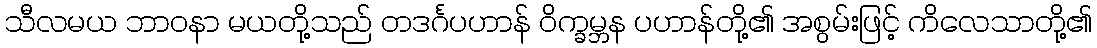
သီလမယ ဘာဝနာ မယတို့သည် တဒင်္ဂပဟာန် ဝိက္ခမ္ဘန ပဟာန်တို့၏ အစွမ်းဖြင့် ကိလေသာတို့၏